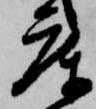
庫